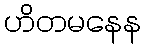
ဟိတမနေန